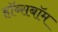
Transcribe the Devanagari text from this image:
हॉब्सबॉम